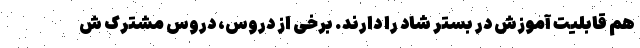
هم قابلیت آموزش در بستر شاد را دارند. برخی از دروس، دروسِ مشترک ش